Vaccination Hyderabad 1890-1903 - 1890-1903
Year: 1890
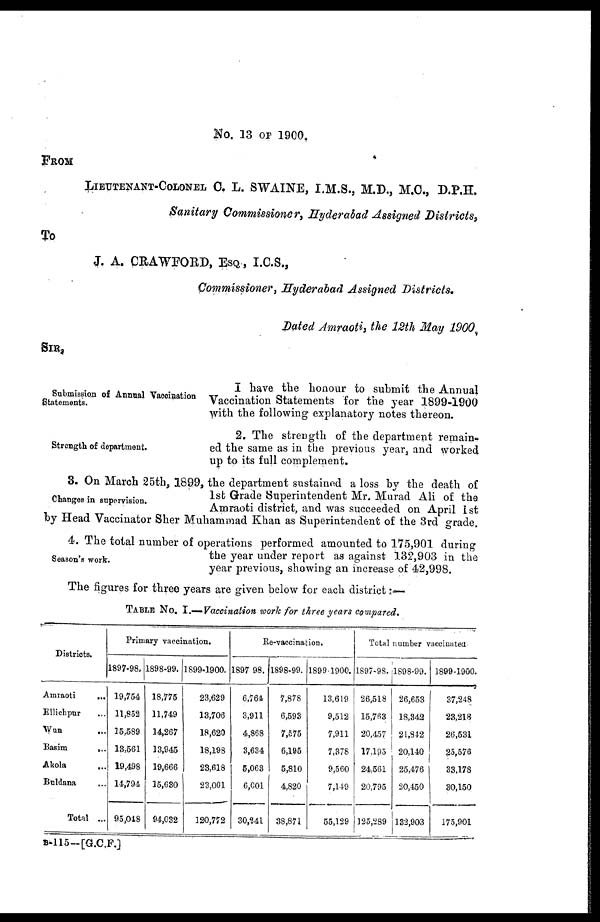
No. 13 OF 1900.
FROM
LIEUTENANT-COLONEL C. L. SWAINE, I.M.S., M.D., M.C., D.P,H.
Sanitary Commissioner, Hyderabad Assigned Districts,
To
J. A. CRAWFORD, ESQ , I.C.S.,
Commissioner , Hyderabad Assigned Districts.
Dated Amraoti, the 12th May 1900.
SIR,
Submission of Annual Vaccination
Statements.
I have the honour to submit the Annual
Vaccination Statements for the year 1899-1900
with the following explanatory notes thereon.
Strength of department.
2. The strength of the department remain-
ed the same as in the previous year, and worked
up to its full complement.
Changes in supervision.
3. On March 25th, 1899, the department sustained a loss by the death of
1st Grade Superintendent Mr. Murad Ali of the
Amraoti district, and was succeeded on April 1st
by Head Vaccinator Sher Muhammad Khan as Superintendent of the 3rd grade.
Season' s work.
4. The total number of operations performed amounted to 175,901 during
the year under report as against 132,903 in the
year previous, showing an increase of 42,998.
The figures for three years are given below for each district :—
TABLE No. I.—Vaccination work for three years compared.
Districts.
Amraoti
...
Ellichpur ...
Wun ...
Basim
...
Akola
...
Buldana ...
Total ...
Primary vaccination.
1897-98.
19,754
11,852
15,589
13,561
19,498
14,794
95,048
1898-99.
18,775
11,749
14,267
13,945
19,666
15,630
94,032
1899-1900.
23,629
13,706
18,620
18,198
23,618
23,001
120,772
Re-vaccination.
1897-98.
6,764
3,911
4,868
3,634
5,063
6,001
30,241
1898-99.
7,878
6,593
7,575
6,195
5,810
4,820
38,871
1899-1900.
13,619
9,512
7,911
7,378
9,560
7,149
55,129
Total number vaccinated
1897-98.
26,518
15,763
20,457
17,195
24,561
20,795
125,289
1898-99.
26,653
18,342
21,842
20,140
25,476
20,450
132,903
1899-1900.
37,248
23,218
26,531
25,576
33,178
30,150
175,901
B-115—[G.C.F.]